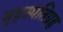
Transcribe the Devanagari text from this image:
बृहस्पतिग्रह